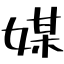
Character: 媒